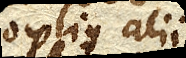
patroni fieri